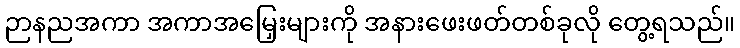
ဉာနညအကာ အကာအမြှေးများကို အနားဖေးဖတ်တစ်ခုလို တွေ့ရသည်။